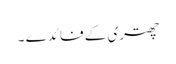
چھتری کے فائدے ۔